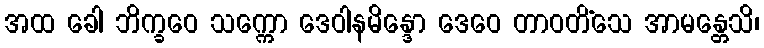
အထ ခေါ ဘိက္ခဝေ သက္ကော ဒေဝါနမိန္ဒော ဒေဝေ တာဝတိံသေ အာမန္တေသိ၊